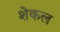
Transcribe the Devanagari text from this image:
शेकल